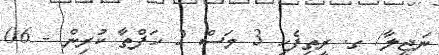
ނަޖީލާ/ ގ. ރީތިފެހި 3 މަސް 2 ހަފްތާ ކުރިން - 06